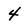
Character: 4